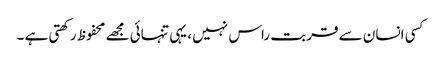
کسی انسان سے قربت راس نہیں ، یہی تنہائی مجھے محفوظ رکھتی ہے ۔